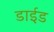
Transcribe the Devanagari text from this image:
डाईड